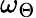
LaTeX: \omega_{\Theta}